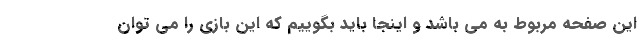
این صفحه مربوط به می باشد و اینجا باید بگوییم که این بازی را می توان